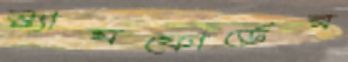
স্ট্যামফোর্ডের